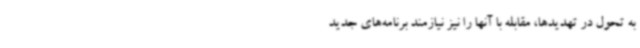
به تحول در تهدیدها، مقابله با آنها را نیز نیازمند برنامه‌های جدید